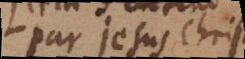
par Jesus Christ